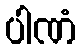
ပါဏံ